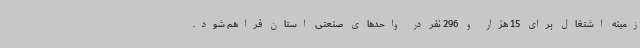
زمینه اشتغال برای 15 هزار و 296 نفر در واحدهای صنعتی استان فراهم شود.